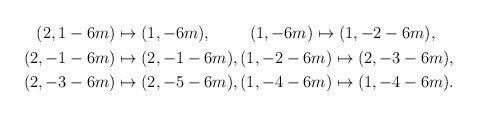
LaTeX: \begin{align*} \begin{aligned}(2,1-6m) &\mapsto (1,-6m), \ \qquad(1,-6m) \mapsto (1,-2-6m),\allowdisplaybreaks\\ (2,-1-6m) &\mapsto (2,-1-6m), (1,-2-6m) \mapsto (2,-3-6m), \allowdisplaybreaks\\ (2,-3-6m) &\mapsto (2,-5-6m),(1,-4-6m) \mapsto (1,-4-6m).\end{aligned}\end{align*}